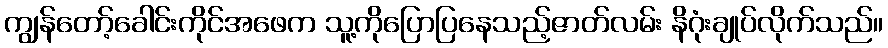
ကျွန်တော့်ခေါင်းကိုင်အဖေက သူ့ကိုပြောပြနေသည့်ဇာတ်လမ်း နိဂုံးချုပ်လိုက်သည်။